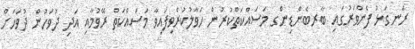
ރަނގަޅު ފެންވަރުގައި ބާރބެންޑިންގ މަސައްކަތްކުރުން ހަވާލުކުރެވިފައިވާ މަސައްކަތް ރޭވުމާއި އަދި ދުވަހުން ދުވަހަށް